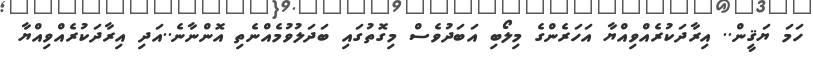
ހަމަ ޔަޤީން.. އިރާދަކުރެއްވިއްޔާ އަހަރެންގެ މިލޯބި އަބަދުވެސް މިގޮތުގައި ބަދަލުވުމެއްނެތި އޮންނާނެ..އަދިި އިރާދަކުރެއްވިއްޔާ